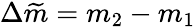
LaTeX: \Delta\widetilde{m}=m_{2}-m_{1}